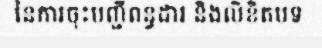
នៃការចុះបញ្ជីពន្ធដារ និងលិខិតបទ